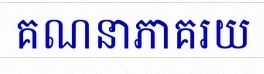
គណនាភាគរយ